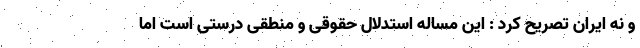
و نه ایران تصریح کرد : این مساله استدلال حقوقی و منطقی درستی است اما